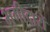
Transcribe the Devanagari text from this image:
भगीदारों